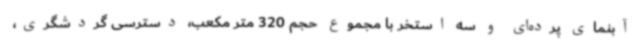
آبنمای پرده‌ای و سه استخر با مجموع حجم 320 متر مکعب، دسترسی گردشگری،